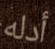
أدله